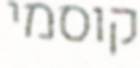
קוסמי